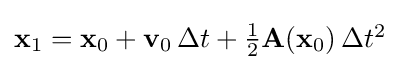
{\textstyle \mathbf {x} _{1}=\mathbf {x} _{0}+\mathbf {v} _{0}\,\Delta t+{\tfrac {1}{2}}\mathbf {A} (\mathbf {x} _{0})\,\Delta t^{2}}